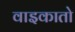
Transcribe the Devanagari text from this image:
वाइकातो